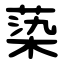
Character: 蒅